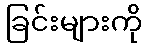
ခြင်းများကို